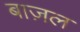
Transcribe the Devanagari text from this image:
बाज़ल